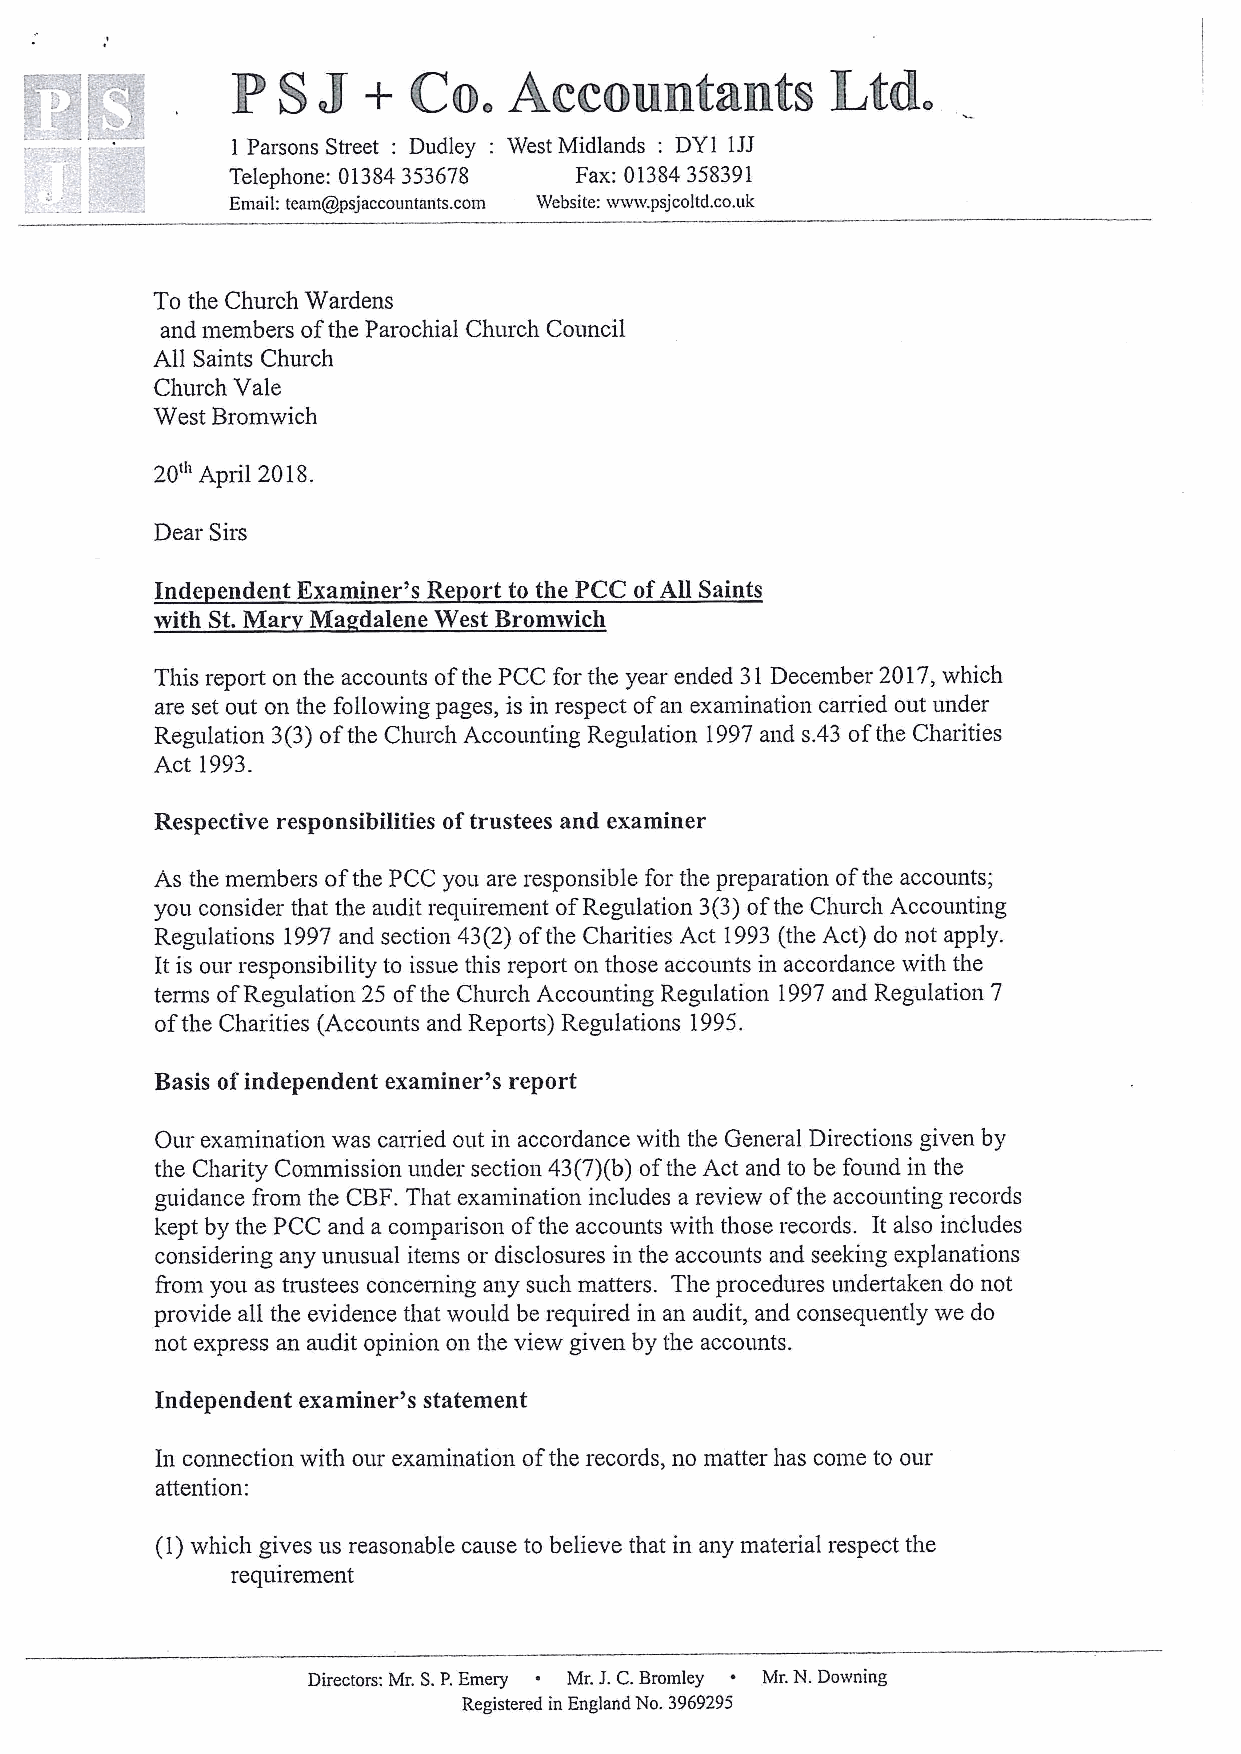
J
 P  S     +  Co.    Accountants          Ltd.
 Parsons Street: Dudley: West Midlands: DY1 1JJ
 1
 Telephone: 01384353678 Fax: 01384358391
 Email: teampsjaccountants. corn Website: www.psjcoltd.co,uk
 To the Church Wardens
 and members ofthe Parochial Church Council
 All Saints Church
 Church Vale
 West Bromwich
 20tb April 2018.
 Dear Sirs
 Inde endent Examiner's Re ort to the PCC ofAll Saints
 with St.Mar Ma dalene West Bromwich
 This report on the accounts ofthe PCC for the year ended 31 December 2017,which
 are set out on the following pages, is in respect ofan examination carried out under
 Regulation 3(3)ofthe Church Accounting Regulation 1997and s.43 ofthe Charities
 Act 1993.
 Respective responsibilities oftrustees and examiner
 As the members ofthe PCC you are responsible for the preparation ofthe accounts;
 you consider that the audit requirement ofRegulation 3(3)ofthe Clrurch Accounting
 Regulations 1997and section 43(2) ofthe Charities Act 1993(the Act) do not apply.
 It is our responsibility to issue this report on those accounts in accordance with the
 terms ofRegulation 25 ofthe Church Accounting Regulation 1997and Regulation 7
 ofthe Charities (Accounts and Reports) Regulations 1995.
 Basis ofindependent examiner's report
 Our examination was carried out in accordance with the General Directions given by
 the Charity Commission under section 43(7)(b) ofthe Act and to be found in the
 guidance from the CBF.That examination includes a review ofthe accounting records
 kept by the PCC and a comparison ofthe accounts with those records. It also includes
 considering any unusual items or disclosures in the accounts and seeking explanations
 from you as trustees concerning any such matters. The procedures undertaken do not
 provide all the evidence that would be required in an audit, and consequently we do
 not express an audit opinion on the view given by the accounts.
 Independent examiner's statement
 In connection with our examination ofthe records, no matter has come to our
 attention:
 (1)which gives us reasonable cause to believe that in any material respect the
 requirement
 Directors: Mr. S.P.Emery ~ Mr. J.C.Bromley ~ Mr.N. Downing
 Registered in England No. 3969295